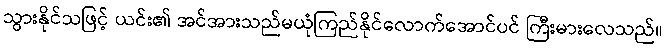
သွားနိုင်သဖြင့် ယင်း၏ အင်အားသည်မယုံကြည်နိုင်လောက်အောင်ပင် ကြီးမားလေသည်။